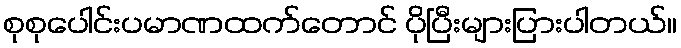
စုစုပေါင်းပမာဏထက်တောင် ပိုပြီးများပြားပါတယ်။